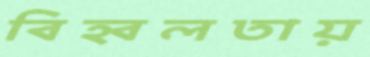
বিহ্বলতায়